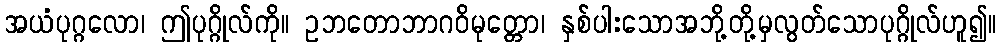
အယံပုဂ္ဂလော၊ ဤပုဂ္ဂိုလ်ကို။ ဥဘတောဘာဂဝိမုတ္တော၊ နှစ်ပါးသောအဘို့တို့မှလွတ်သောပုဂ္ဂိုလ်ဟူ၍။